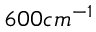
6 0 0 c m ^ { - 1 }